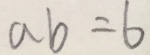
a b = 6